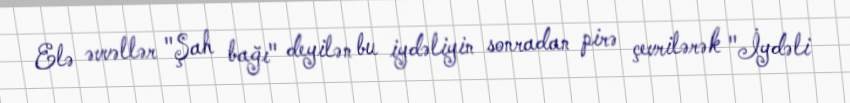
Elə əvvəllər "Şah bağı" deyilən bu iydəliyin sonradan pirə çevrilərək "İydəli